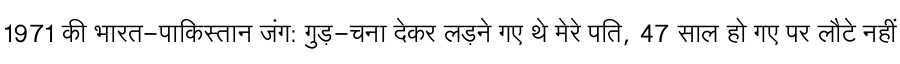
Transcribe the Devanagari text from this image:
1971 की भारत-पाकिस्तान जंग: गुड़-चना देकर लड़ने गए थे मेरे पति, 47 साल हो गए पर लौटे नहीं